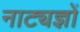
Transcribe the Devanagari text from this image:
नाट्यज्ञों